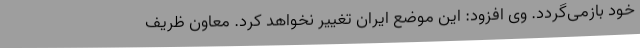
خود بازمی‌گردد. وی افزود: این موضع ایران تغییر نخواهد کرد. معاون ظریف